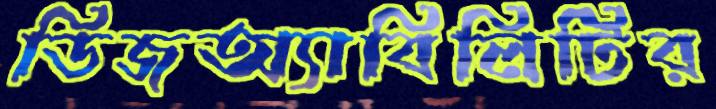
ডিজঅ্যাবিলিটির